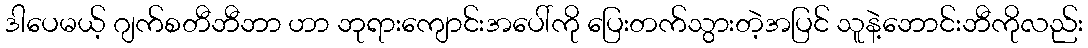
ဒါပေမယ့် ဂျက်စတီဘီဘာ ဟာ ဘုရားကျောင်းအပေါ်ကို ပြေးတက်သွားတဲ့အပြင် သူနဲ့ဘောင်းဘီကိုလည်း